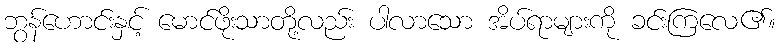
ဘွန်ဟောင်းနှင့် မောင်ဖိုးသာတို့လည်း ပါလာသော အိပ်ရာများကို ခင်းကြလေ၏။